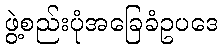
ဖွဲ့စည်းပုံအခြေခံဥပဒေ